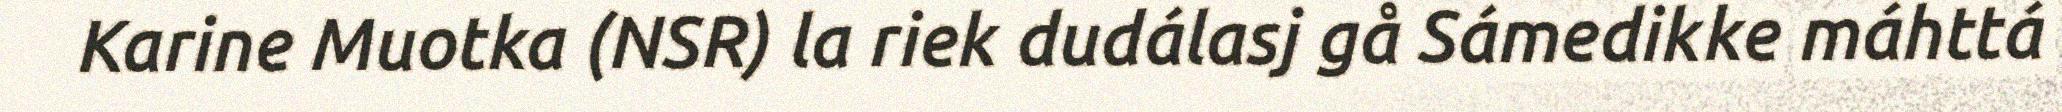
Karine Muotka (NSR) la riek dudálasj gå Sámedikke máhttá